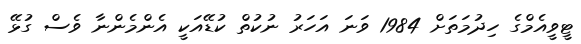
ޓީވީއެމްގެ ހިދުމަތަށް 1984 ވަނަ އަހަރު ނުކުތް ކުޑޭއަކީ އެންމެންނާ ވެސް ގުޅޭ